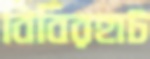
বিবিরহাট